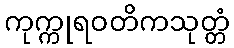
ကုက္ကုရဝတိကသုတ္တံ